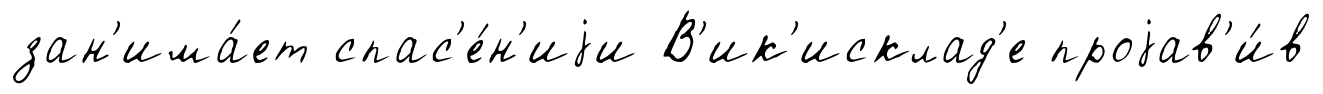
зан'има́ет спас'е́н'иjи В'ик'исклад'е проjав'и́в